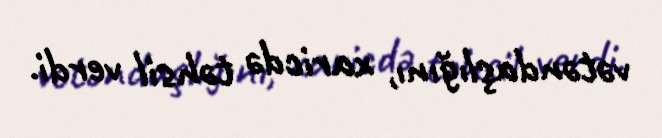
vətəndaşlığını, xaricdə təhsil verdi.